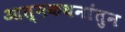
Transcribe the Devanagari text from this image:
आत्मकथनांतुन